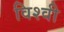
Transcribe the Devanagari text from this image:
विश्वी